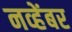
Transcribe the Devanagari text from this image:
नव्हेंबर